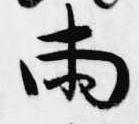
両